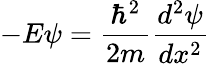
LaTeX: -E\psi={\frac{\hbar^{2}}{2m}}{\frac{d^{2}\psi}{dx^{2}}}